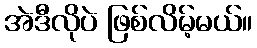
အဲဒီလိုပဲ ဖြစ်လိမ့်မယ်။